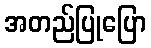
အတည်ပြုပြော